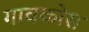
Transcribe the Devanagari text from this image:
गावकोस